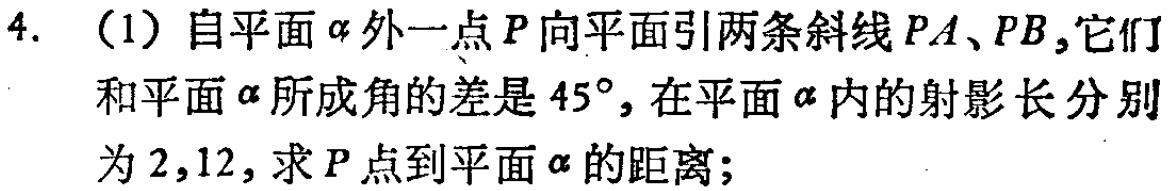
4. （1）自平面\(\alpha\)外一点\(P\)向平面引两条斜线\(PA、PB\)，它们和平面\(\alpha\)所成角的差是\(45^{\circ}\)，在平面\(\alpha\)内的射影长分别为\(2,12\)，求\(P\)点到平面\(\alpha\)的距离；